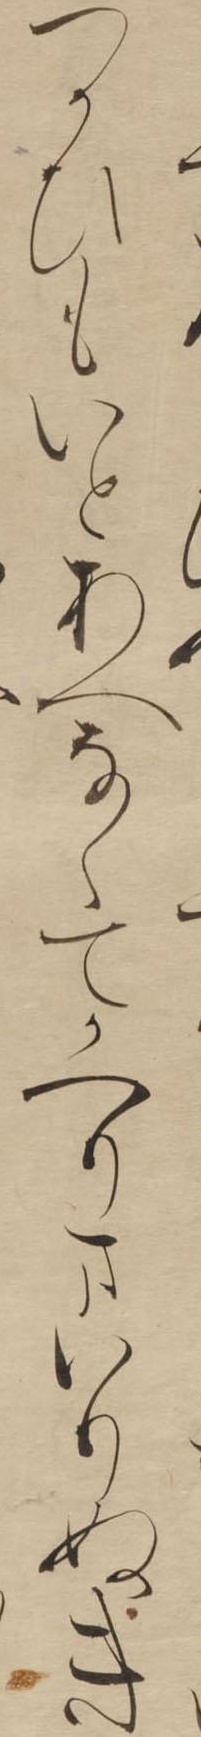
つかひもいとあへなくてかへりまいりぬき